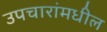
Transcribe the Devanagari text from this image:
उपचारांमधील